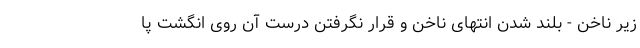
زیر ناخن - بلند شدن انتهای ناخن و قرار نگرفتن درست آن روی انگشت پا